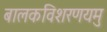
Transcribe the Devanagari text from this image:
बालकविशरणयमु